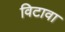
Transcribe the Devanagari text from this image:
विटावा